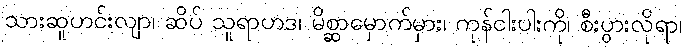
သားဆူဟင်းလျာ၊ ဆိပ် သူရာဟဒ၊ မိစ္ဆာမှောက်မှား၊ ကုန်ငါးပါးကို၊ စီးပွားလိုရာ၊